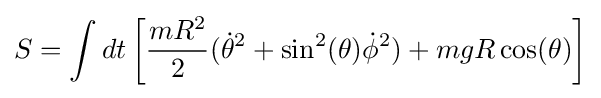
S=\int dt\left[{\frac {mR^{2}}{2}}({\dot {\theta }}^{2}+\sin ^{2}(\theta ){\dot {\phi }}^{2})+mgR\cos(\theta )\right]